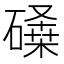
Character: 𰧨